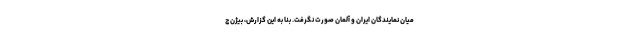
میان نمایندگان ایران و آلمان صورت نگرفت. بنا به این گزارش، بیژن ج